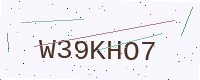
Text: W39KHO7